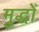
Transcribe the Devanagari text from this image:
मुद्धों